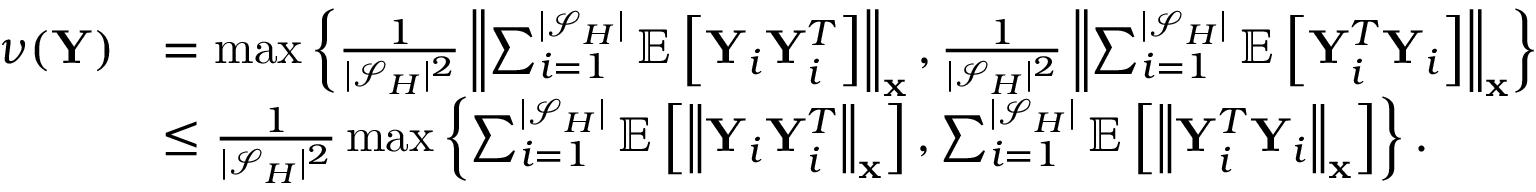
\begin{array} { r l } { \nu ( \mathbf { Y } ) } & { = \operatorname* { m a x } \left\{ \frac { 1 } { | \mathcal { S } _ { H } | ^ { 2 } } \left\| \sum _ { i = 1 } ^ { | \mathcal { S } _ { H } | } \mathbb { E } \left[ \mathbf { Y } _ { i } \mathbf { Y } _ { i } ^ { T } \right] \right\| _ { \mathbf { x } } , \frac { 1 } { | \mathcal { S } _ { H } | ^ { 2 } } \left\| \sum _ { i = 1 } ^ { | \mathcal { S } _ { H } | } \mathbb { E } \left[ \mathbf { Y } _ { i } ^ { T } \mathbf { Y } _ { i } \right] \right\| _ { \mathbf { x } } \right\} } \\ & { \le \frac { 1 } { | \mathcal { S } _ { H } | ^ { 2 } } \operatorname* { m a x } \left\{ \sum _ { i = 1 } ^ { | \mathcal { S } _ { H } | } \mathbb { E } \left[ \left\| \mathbf { Y } _ { i } \mathbf { Y } _ { i } ^ { T } \right\| _ { \mathbf { x } } \right] , \sum _ { i = 1 } ^ { | \mathcal { S } _ { H } | } \mathbb { E } \left[ \left\| \mathbf { Y } _ { i } ^ { T } \mathbf { Y } _ { i } \right\| _ { \mathbf { x } } \right] \right\} . } \end{array}